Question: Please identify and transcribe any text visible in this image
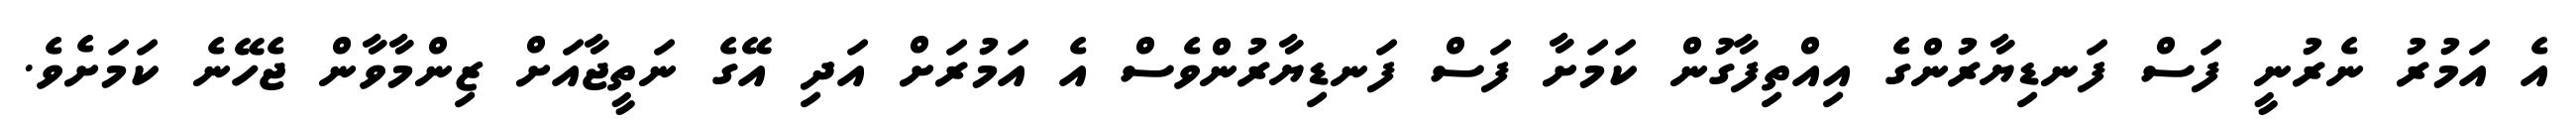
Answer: އެ އަމުރު ނެރުނީ ފަސް ފަނޑިޔާރުންގެ އިއްތިފާގުން ކަމަށާ ފަސް ފަނޑިޔާރުންވެސް އެ އަމުރަށް އަދި އޭގެ ނަތީޖާއަށް ޒިންމާވާން ޖެހޭނެ ކަމަށެވެ.